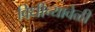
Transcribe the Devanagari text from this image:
विधीच्यावेळी